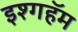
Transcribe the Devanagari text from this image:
इश्गहॅम